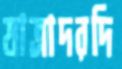
যাত্রাদরদি